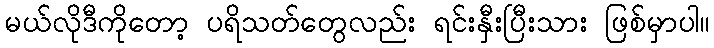
မယ်လိုဒီကိုတော့ ပရိသတ်တွေလည်း ရင်းနှီးပြီးသား ဖြစ်မှာပါ။